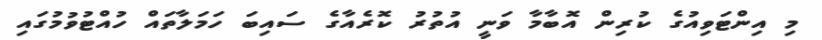
މި އިންޓަވިއުގެ ކުރިން އޮބާމާ ވަނީ އުތުރު ކޮރެއާގެ ސައިބަ ހަމަލާތައް ހުއްޓުވުމުގައި